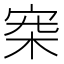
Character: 𣑄